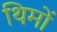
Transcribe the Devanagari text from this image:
थिमों